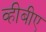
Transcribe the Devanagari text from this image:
व्हीबीए